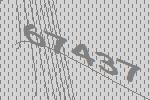
67437